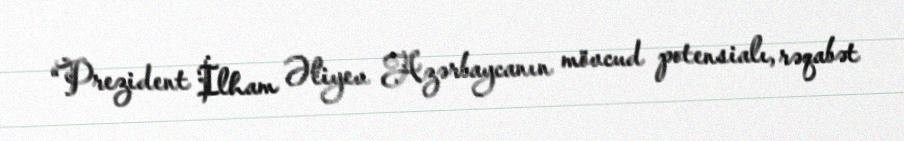
“Prezident İlham Əliyev Azərbaycanın mövcud potensialı, rəqabət